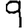
Digit: 9